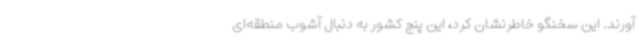
آورند. این سخنگو خاطرنشان کرد، این پنج کشور به دنبال آشوب منطقه‌ای